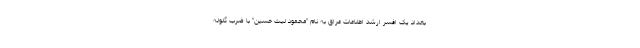
بغداد یک افسر ارشد اطلاعات عراق به نام "محمود لیث حسین" با ضرب گلوله